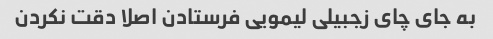
به جای چای زجبیلی لیمویی فرستادن اصلا دقت نکردن